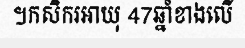
។កសិករអាយុ 47ឆ្នាំខាងលើ